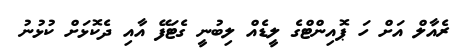
ރެއާލް އަށް ހަ ޕޮއިންޓްގެ ލީޑެއް ލިބުނީ ގެޓަފޭ އާއި ދެކޮޅަށް ކުޅުނު